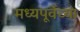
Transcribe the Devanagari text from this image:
मध्यपूर्वेच्या